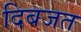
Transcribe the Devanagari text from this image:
दिबजत